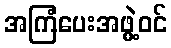
အကြံပေးအဖွဲ့ဝင်